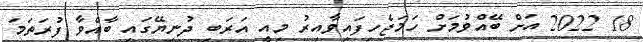
18 2022 އަށް ބޭއްވުމަށް ހަމަޖެހިފައިވާއިރު މިއީ އަރަބި ދުނިޔޭގައި ބާއްވާ ފުރަތަމަ